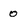
Character: 0